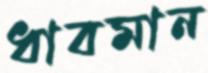
ধাবমান